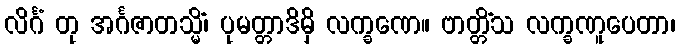
လိင်္ဂံ တု အင်္ဂဇာတသ္မိံ၊ ပုမတ္တာဒိမှိ လက္ခဏေ။ ဗာတ္တိံသ လက္ခဏူပေတာ၊